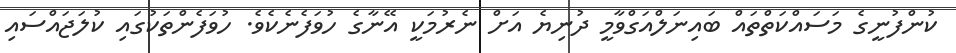
ކުންފުނީގެ މަސައްކަތްތައް ބައިނަލްއަގްވާމީ ދުނިޔެ އަށް ނެރުމަކީ އޭނާގެ ހުވަފެނެކެވެ. ހުވަފެންތަކުގައި ކުލަޖައްސައި